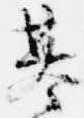
基